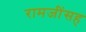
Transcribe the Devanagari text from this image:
रामजींसह